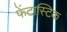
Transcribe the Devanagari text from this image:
फेंटास्टिक